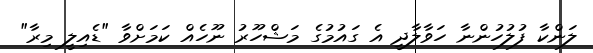
ލަންކާ ފުލުހުންނާ ހަވާލާދީ އެ ގައުމުގެ މަޝްހޫރު ނޫހެއް ކަމަށްވާ "ޑެއިލީ މިރާ"